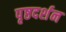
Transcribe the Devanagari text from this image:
पृष्ठदर्शन